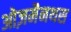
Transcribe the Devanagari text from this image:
ओज़मैनथस